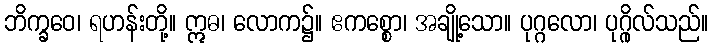
ဘိက္ခဝေ၊ ရဟန်းတို့။ ဣဓ၊ လောက၌။ ဧကစ္စော၊ အချို့သော။ ပုဂ္ဂလော၊ ပုဂ္ဂိုလ်သည်။